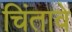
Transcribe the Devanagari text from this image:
चिंतावे